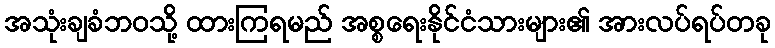
အသုံးချခံဘဝသို့ ထားကြရမည် အစ္စရေးနိုင်ငံသားများ၏ အားလပ်ရပ်တခု